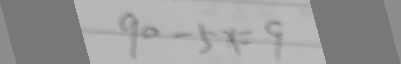
9 0 - 5 x = 9